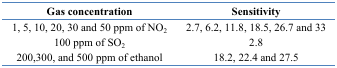
| Gas concentration | Sensitivity |
 | --- | --- |
 | 1, 5, 10, 20, 30 and 50 ppm of NO2 | 2.7, 6.2, 11.8, 18.5, 26.7 and 33 |
 | 100 ppm of SO2 | 2.8 |
 | 200,300, and 500 ppm of ethanol | 18.2, 22.4 and 27.5 |